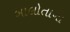
બાલોતાના